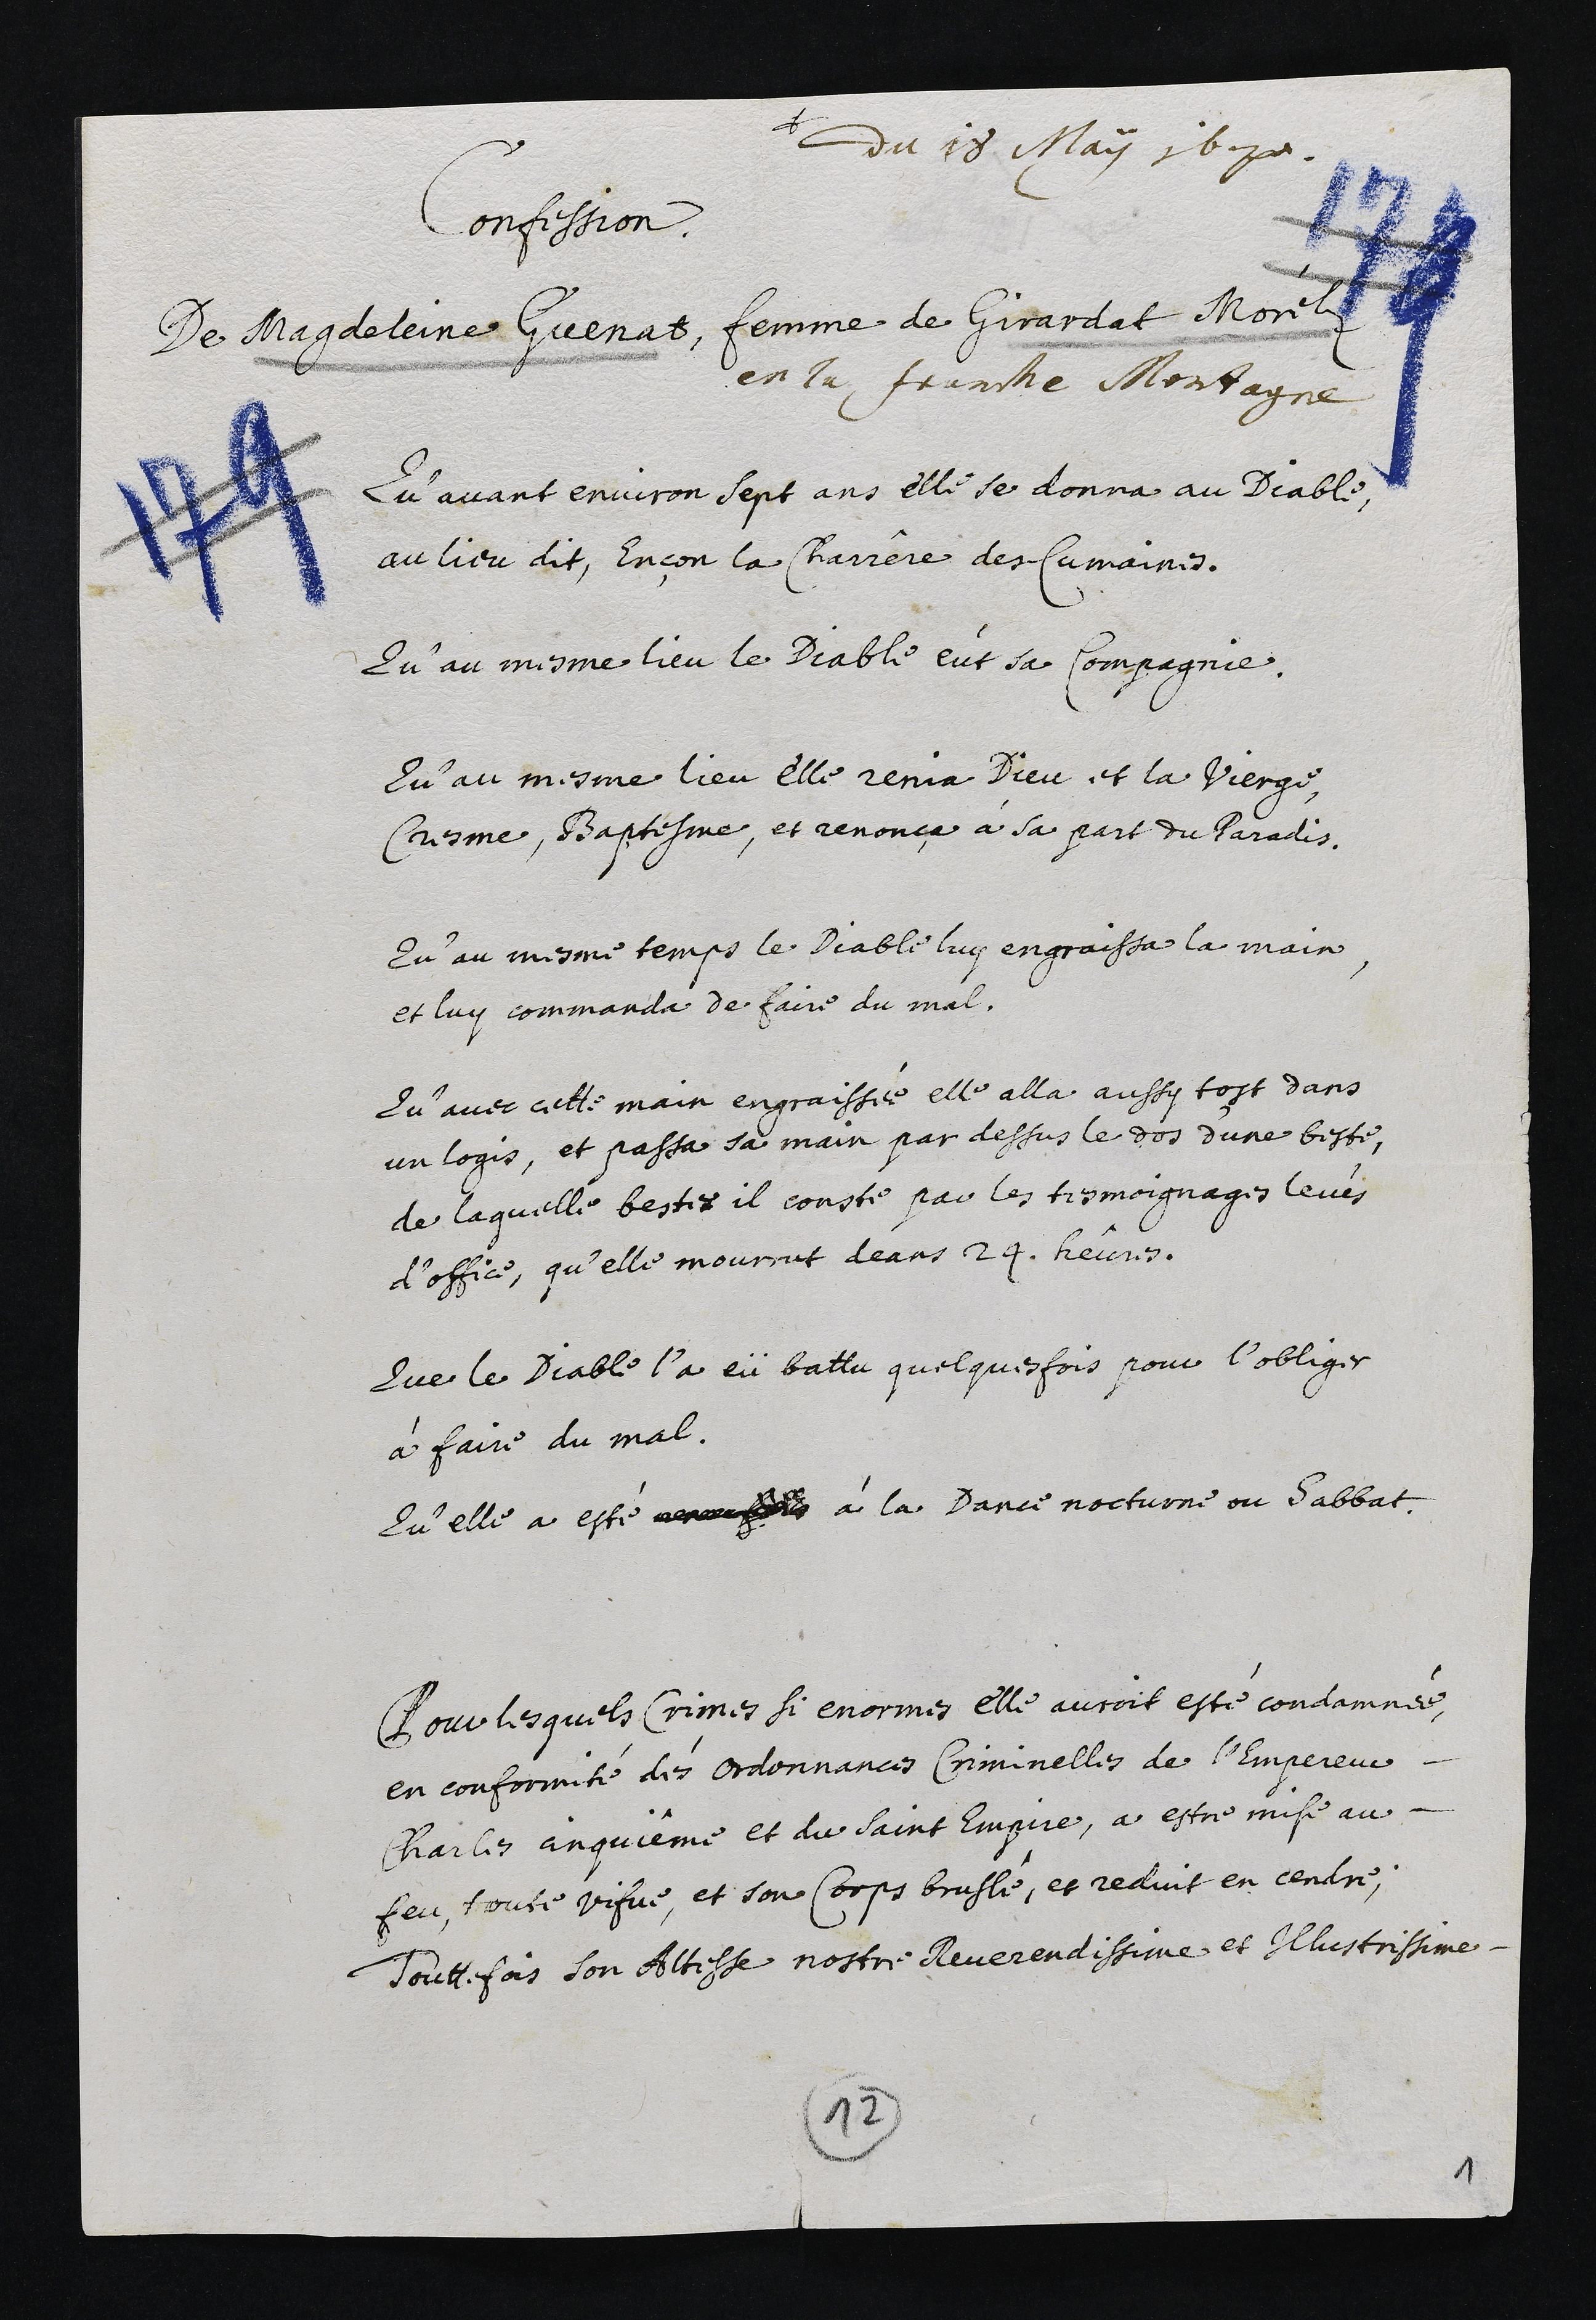
+
du 18 May 1670.
Confission
De Magdeleine Guenat, femme de Girardat Morele
en la Jeanche Montagne
Qu’avant environ sept ans elle se donna au Diable
au lieu dit, Encon la Charrere der Cumaines.
Qu’au mesme lieu le Diable eut sa Compagnie
Qu’au mesme lieu elle remia Dieu et la vierge
Cresme, Baptesme, et renonçe à sa part du Paradis
Qu’au mesme temps le Diable luy engraissa la main
et luy commanda de faire du mal.
Qu’avec cette main engraissée elle alla aussy tost dans
un logis, et passa sa main par dessus le dos d’une beste,
de laquelle bestes il conste par les tesmoignages levés
d’office, qu’elle mourrut deans 24. heures.
Que le Diable l’a eü battu quelquesfois pour l’obliger
à faire du mal.
Qu’elle a esté umams à la Dance nocturne ou Sabbat
Pour lesquels Crimes si enormes elle auroit esté condamnée,
en conformité des ordonnances Criminelles de l’Empereur
Charles anquieme et du saint Empire, a estre mise au-
feu, toute vifve, et son Corps brusle, et reduit en cendre,
Toutt fois son Altesse nostre Reverendissime et Illustrissime.